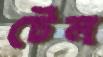
টেল